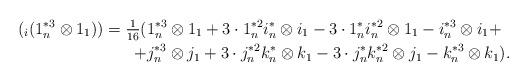
LaTeX: \begin{align*}_{}(_i (1_n^{*3}\otimes1_1)) = \tfrac{1}{16}(&1_n^{\ast 3}\otimes 1_1+3\cdot1_n^{\ast 2}i_n^{\ast}\otimes i_1-3\cdot1_n^{\ast} i_n^{\ast 2}\otimes 1_1-i_n^{\ast 3}\otimes i_1+\\+&j_n^{\ast 3}\otimes j_1+3\cdot j_n^{\ast 2}k_n^{\ast}\otimes k_1-3\cdot j_n^{\ast} k_n^{\ast 2}\otimes j_1-k_n^{\ast 3}\otimes k_1).\end{align*}